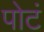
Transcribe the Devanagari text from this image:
पोटं